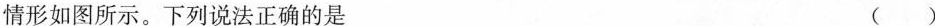
情形如图所示。下列说法正确的是 ( )